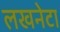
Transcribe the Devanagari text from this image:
लखनेटा